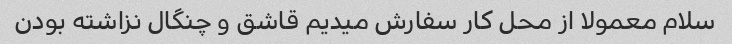
سلام معمولا از محل کار سفارش میدیم قاشق و چنگال نزاشته بودن